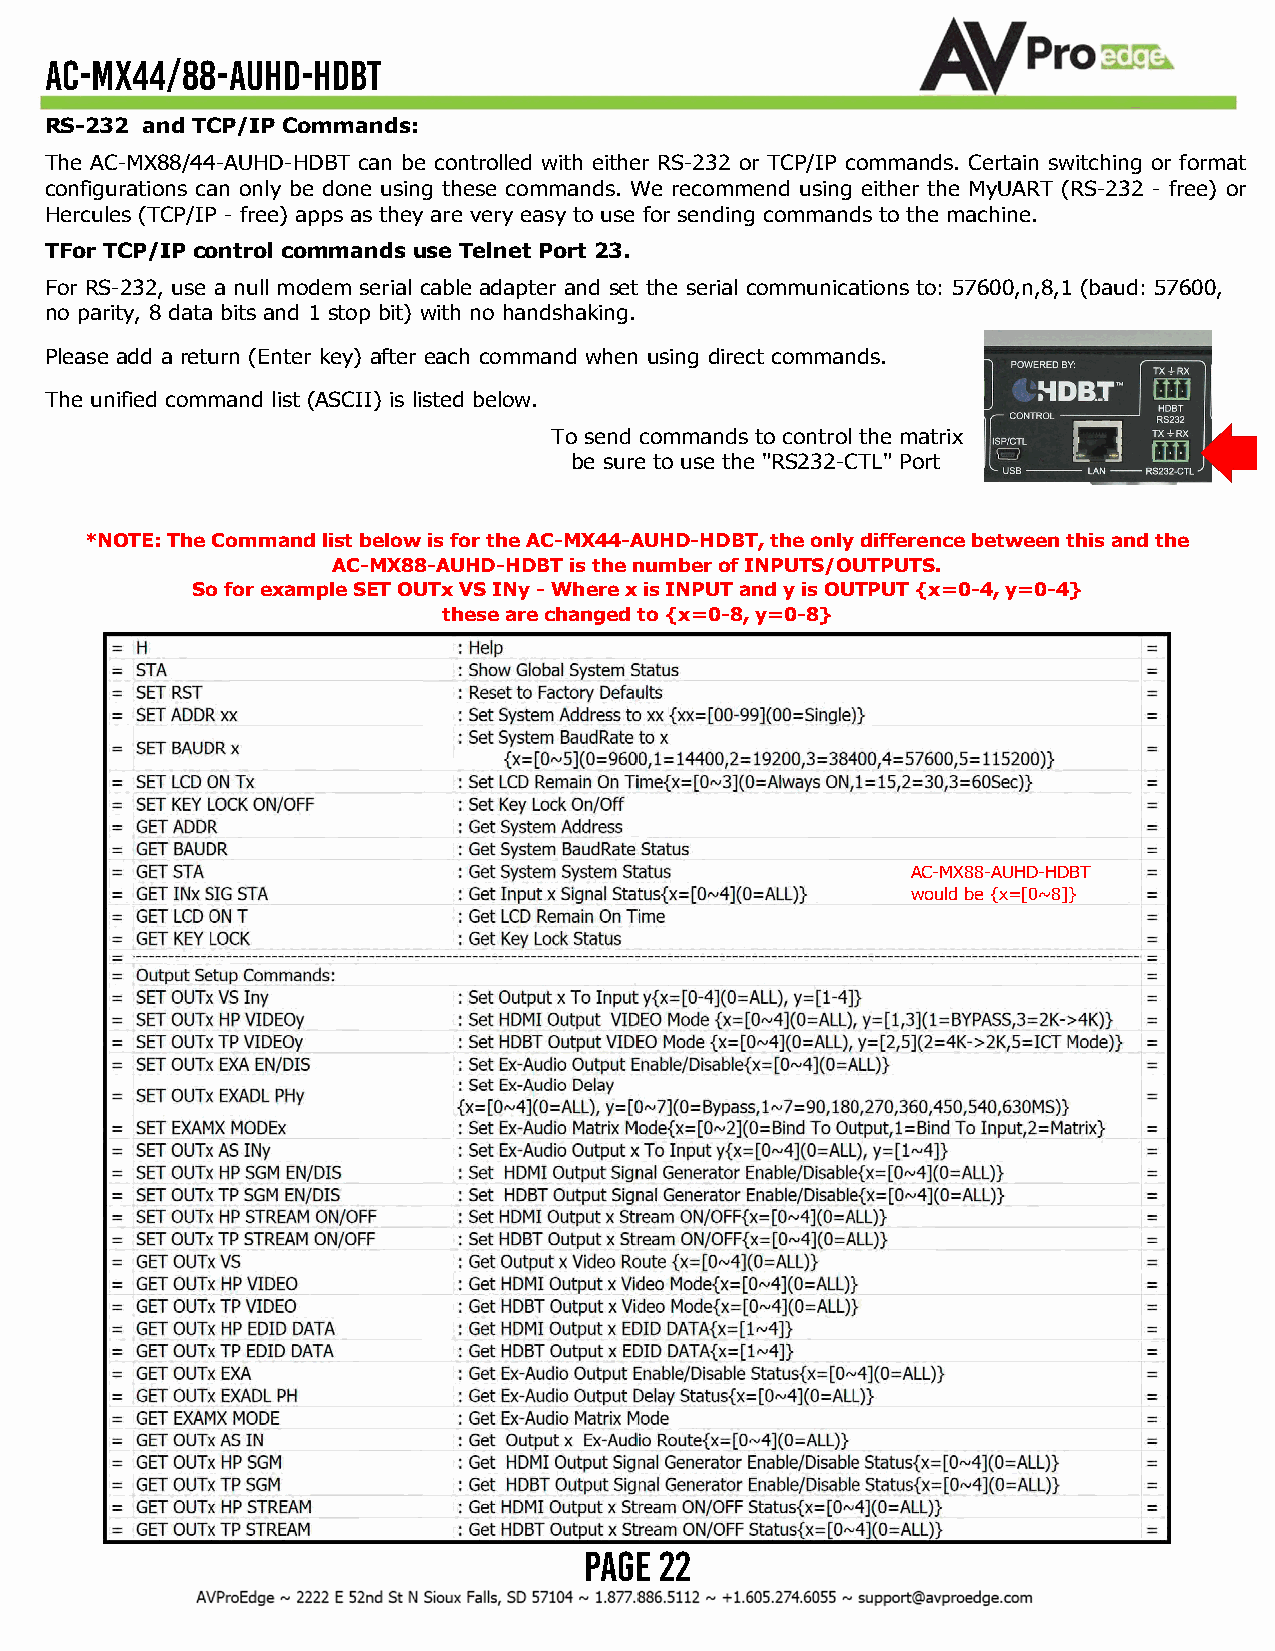
AC-MX44/88-AUHD-HDBT
 RS-232 and TCP/IP Commands:
 The AC-MX88/44-AUHD-HDBT can be controlled with either RS-232 or TCP/IP commands. Certain switching or format
 configurations can only be done using these commands. We recommend using either the MyUART (RS-232 - free) or
 Hercules (TCP/IP - free) apps as they are very easy to use for sending commands to the machine.
 TFor TCP/IP control commands use Telnet Port 23.
 For RS-232, use a null modem serial cable adapter and set the serial communications to: 57600,n,8,1 (baud: 57600,
 no parity, 8 data bits and 1 stop bit) with no handshaking.
 Please add a return (Enter key) after each command when using direct commands.
 The unified command list (ASCII) is listed below.
 To send commands to control the matrix
 be sure to use the "RS232-CTL" Port
 *NOTE: The Command list below is for the AC-MX44-AUHD-HDBT, the only difference between this and the
 AC-MX88-AUHD-HDBT is the number of INPUTS/OUTPUTS.
 So for example SET OUTx VS INy - Where x is INPUT and y is OUTPUT {x=0-4, y=0-4}
 these are changed to {x=0-8, y=0-8}
 AC-MX88-AUHD-HDBT
 would be {x=[0~8]}
 Page 22